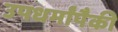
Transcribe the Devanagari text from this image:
उपधर्मांपैकी